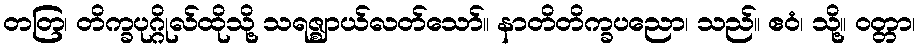
တတြ၊ တိက္ခပုဂ္ဂိုလ်ထိုသို့ သရဇ္ဈာယ်လတ်သော်။ နာတိတိက္ခပညော၊ သည်။ ဧဝံ၊ သို့။ ဝတ္တာ၊